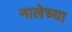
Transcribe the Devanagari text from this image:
नालेच्या